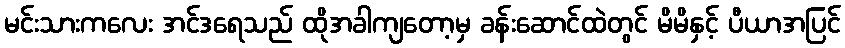
မင်းသားကလေး အင်ဒရေသည် ထိုအခါကျတော့မှ ခန်းဆောင်ထဲတွင် မိမိနှင့် ပီယာအပြင်